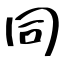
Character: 同